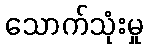
သောက်သုံးမှု